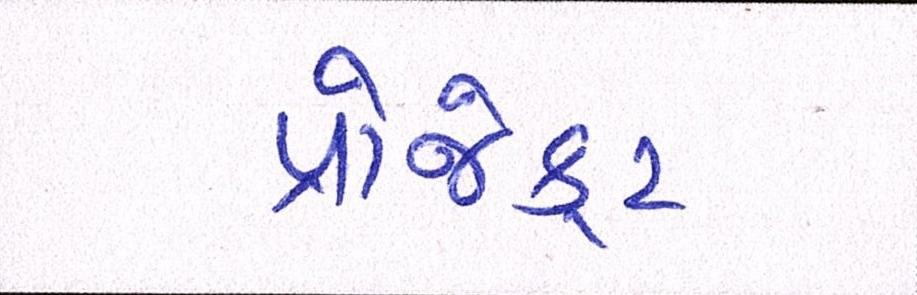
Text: પ્રોજેકટ